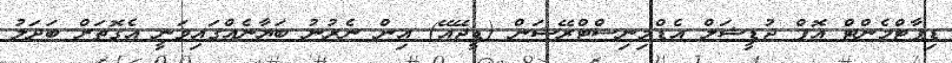
ޑިޕާޓްމެންޓް އޮފް ޖުޑީޝަލް އެޑްމިނިސްޓްރޭޝަން (ޑީޖޭއޭ) އިން ނެރުނު ބަޔާނެއްގައިވަނީ އެގޮތަށް ބަދަލު